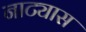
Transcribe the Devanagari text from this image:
नाट्यास